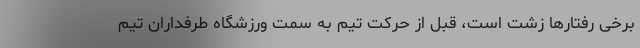
برخی رفتارها زشت است، قبل از حرکت تیم به سمت ورزشگاه طرفداران تیم